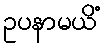
ဥပနာမယိံ